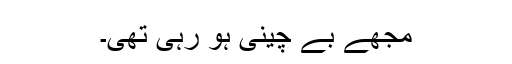
مجھے بے چینی ہو رہی تھی۔